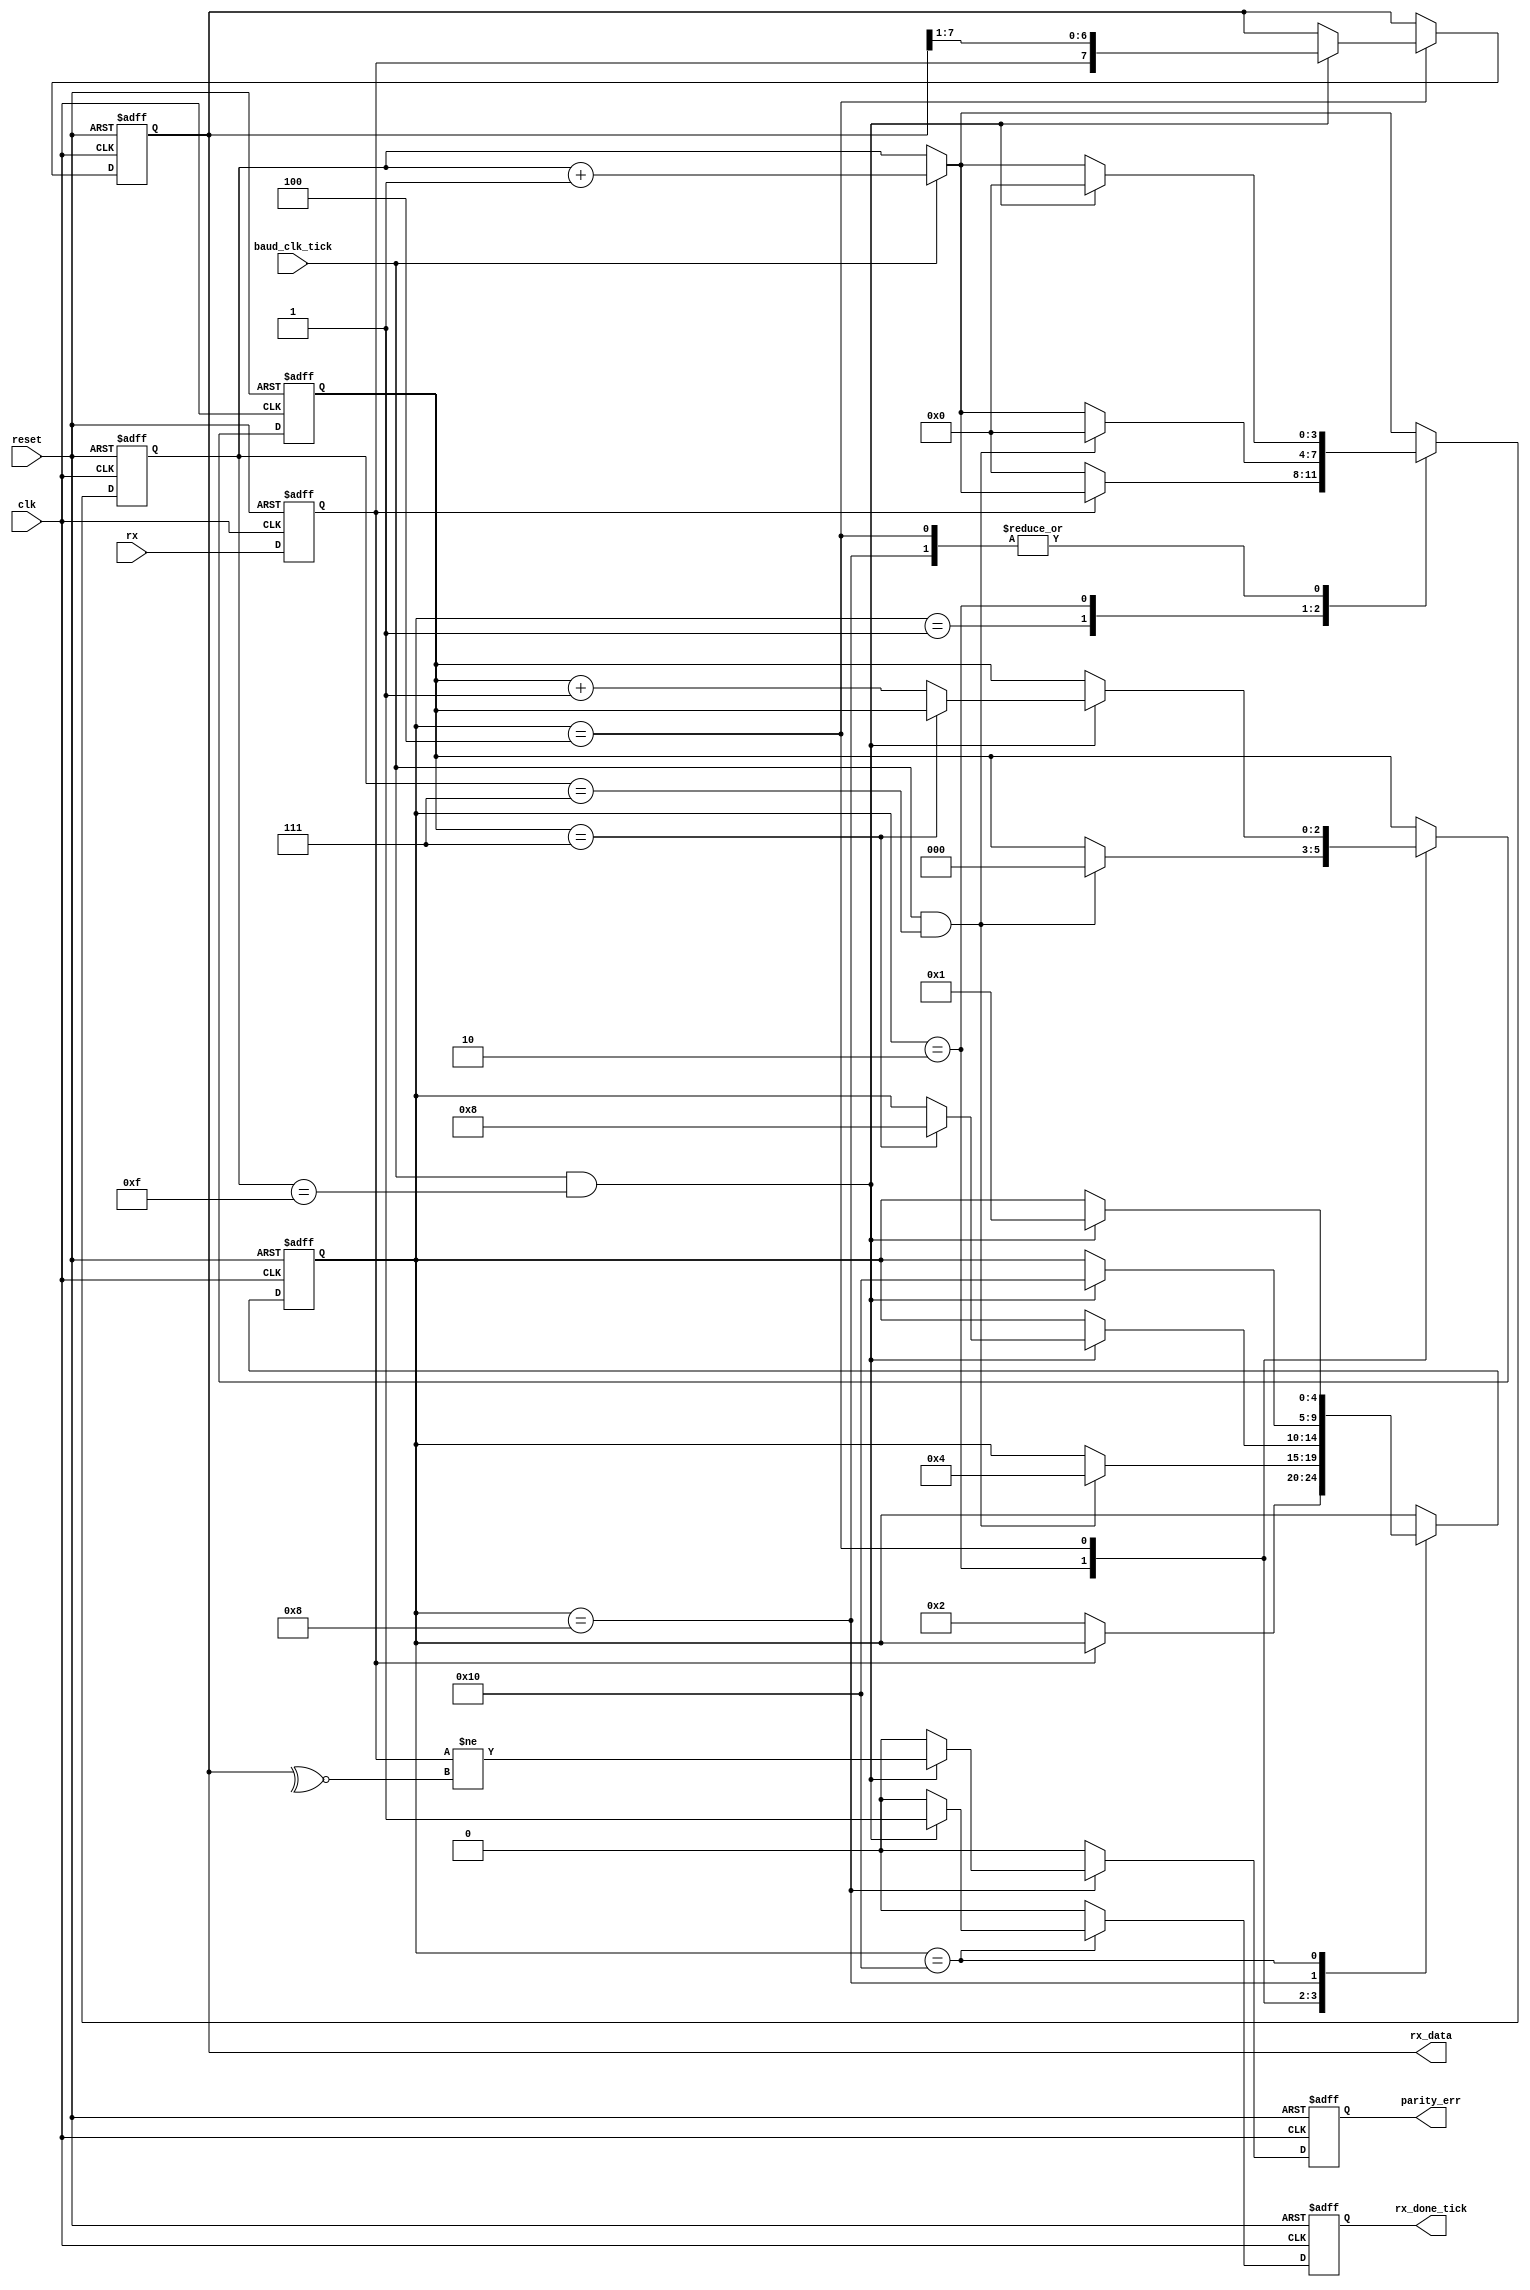
/***************************************************************************************************
** fpga_nes/hw/src/cmn/uart/uart_rx.v
*
*  Copyright (c) 2012, Brian Bennett
*  All rights reserved.
*
*  Redistribution and use in source and binary forms, with or without modification, are permitted
*  provided that the following conditions are met:
*
*  1. Redistributions of source code must retain the above copyright notice, this list of conditions
*     and the following disclaimer.
*  2. Redistributions in binary form must reproduce the above copyright notice, this list of
*     conditions and the following disclaimer in the documentation and/or other materials provided
*     with the distribution.
*
*  THIS SOFTWARE IS PROVIDED BY THE COPYRIGHT HOLDERS AND CONTRIBUTORS "AS IS" AND ANY EXPRESS OR
*  IMPLIED WARRANTIES, INCLUDING, BUT NOT LIMITED TO, THE IMPLIED WARRANTIES OF MERCHANTABILITY AND
*  FITNESS FOR A PARTICULAR PURPOSE ARE DISCLAIMED. IN NO EVENT SHALL THE COPYRIGHT OWNER OR
*  CONTRIBUTORS BE LIABLE FOR ANY DIRECT, INDIRECT, INCIDENTAL, SPECIAL, EXEMPLARY, OR CONSEQUENTIAL
*  DAMAGES (INCLUDING, BUT NOT LIMITED TO, PROCUREMENT OF SUBSTITUTE GOODS OR SERVICES; LOSS OF USE,
*  DATA, OR PROFITS; OR BUSINESS INTERRUPTION) HOWEVER CAUSED AND ON ANY THEORY OF LIABILITY,
*  WHETHER IN CONTRACT, STRICT LIABILITY, OR TORT (INCLUDING NEGLIGENCE OR OTHERWISE) ARISING IN ANY
*  WAY OUT OF THE USE OF THIS SOFTWARE, EVEN IF ADVISED OF THE POSSIBILITY OF SUCH DAMAGE.
*
*  UART receiver.
***************************************************************************************************/

module uart_rx
#(
  parameter DATA_BITS                = 8,
  parameter STOP_BITS                = 1,
  parameter PARITY_MODE              = 1, // 0 = NONE, 1 = ODD, 2 = EVEN
  parameter BAUD_CLK_OVERSAMPLE_RATE = 16
)
(
  input  wire                 clk,            // System clock
  input  wire                 reset,          // Reset signal
  input  wire                 baud_clk_tick,  // 1 tick per OVERSAMPLE_RATE baud clks
  input  wire                 rx,             // RX transmission wire
  output wire [DATA_BITS-1:0] rx_data,        // Output data
  output wire                 rx_done_tick,   // Output rdy signal
  output wire                 parity_err      // Asserted for one clk on parity error
);

localparam [5:0] STOP_OVERSAMPLE_TICKS = STOP_BITS * BAUD_CLK_OVERSAMPLE_RATE;

// Symbolic state representations.
localparam [4:0] S_IDLE   = 5'h01,
                 S_START  = 5'h02,
                 S_DATA   = 5'h04,
                 S_PARITY = 5'h08,
                 S_STOP   = 5'h10;

// Registers
reg [4:0]           q_state, d_state;
reg [3:0]           q_oversample_tick_cnt, d_oversample_tick_cnt;
reg [DATA_BITS-1:0] q_data, d_data;
reg [2:0]           q_data_bit_idx, d_data_bit_idx;
reg                 q_done_tick, d_done_tick;
reg                 q_parity_err, d_parity_err;
reg                 q_rx;

always @(posedge clk, posedge reset)
  begin
    if (reset)
      begin
        q_state               <= S_IDLE;
        q_oversample_tick_cnt <= 0;
        q_data                <= 0;
        q_data_bit_idx        <= 0;
        q_done_tick           <= 1'b0;
        q_parity_err          <= 1'b0;
        q_rx                  <= 1'b1;
      end
    else
      begin
        q_state               <= d_state;
        q_oversample_tick_cnt <= d_oversample_tick_cnt;
        q_data                <= d_data;
        q_data_bit_idx        <= d_data_bit_idx;
        q_done_tick           <= d_done_tick;
        q_parity_err          <= d_parity_err;
        q_rx                  <= rx;
      end
  end

always @*
  begin
    // Default most state to remain unchanged.
    d_state               = q_state;
    d_data                = q_data;
    d_data_bit_idx        = q_data_bit_idx;

    // Increment the tick counter if the baud_clk counter ticked.
    d_oversample_tick_cnt = (baud_clk_tick) ? q_oversample_tick_cnt + 4'h1 : q_oversample_tick_cnt;

    // Default the done signal and parity err to 0.
    d_done_tick           = 1'b0;
    d_parity_err          = 1'b0;

    case (q_state)
      S_IDLE:
        begin
          // Detect incoming data when rx goes low (start bit).
          if (~q_rx)
            begin
              d_state               = S_START;
              d_oversample_tick_cnt = 0;
            end
        end

      S_START:
        begin
          // Wait for BAUD_CLK_OVERSAMPLE_RATE / 2 ticks to get "centered" in the start bit signal.
          if (baud_clk_tick && (q_oversample_tick_cnt == ((BAUD_CLK_OVERSAMPLE_RATE - 1) / 2)))
            begin
              d_state               = S_DATA;
              d_oversample_tick_cnt = 0;
              d_data_bit_idx        = 0;
            end
        end

      S_DATA:
        begin
          // Every BAUD_CLK_OVERSAMPLE_RATE clocks, sample rx and shift its value into the data reg.
          if (baud_clk_tick && (q_oversample_tick_cnt == (BAUD_CLK_OVERSAMPLE_RATE - 1)))
            begin
              d_data                = { q_rx, q_data[DATA_BITS-1:1] };
              d_oversample_tick_cnt = 0;

              if (q_data_bit_idx == (DATA_BITS - 1))
                begin
                  if (PARITY_MODE == 0)
                    d_state = S_STOP;
                  else
                    d_state = S_PARITY;
                end
              else
                d_data_bit_idx = q_data_bit_idx + 3'h1;
            end
        end

      S_PARITY:
        begin
          if (baud_clk_tick && (q_oversample_tick_cnt == (BAUD_CLK_OVERSAMPLE_RATE - 1)))
            begin
              if (PARITY_MODE == 1)
                d_parity_err = (q_rx != ~^q_data);
              else
                d_parity_err = (q_rx != ^q_data);

              d_state               = S_STOP;
              d_oversample_tick_cnt = 0;
            end
        end

      S_STOP:
        begin
          // Wait for stop bit before returning to idle.  Signal done_tick.
          if (baud_clk_tick && (q_oversample_tick_cnt == STOP_OVERSAMPLE_TICKS - 1))
            begin
              d_state     = S_IDLE;
              d_done_tick = 1'b1;
            end
        end
    endcase
end

assign rx_data      = q_data;
assign rx_done_tick = q_done_tick;
assign parity_err   = q_parity_err;

endmodule